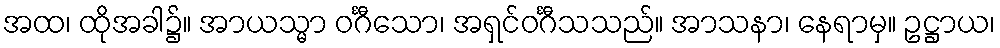
အထ၊ ထိုအခါ၌။ အာယသ္မာ ဝင်္ဂီသော၊ အရှင်ဝင်္ဂီသသည်။ အာသနာ၊ နေရာမှ။ ဥဋ္ဌာယ၊